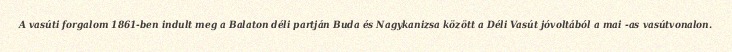
A vasúti forgalom 1861-ben indult meg a Balaton déli partján Buda és Nagykanizsa között a Déli Vasút jóvoltából a mai -as vasútvonalon.